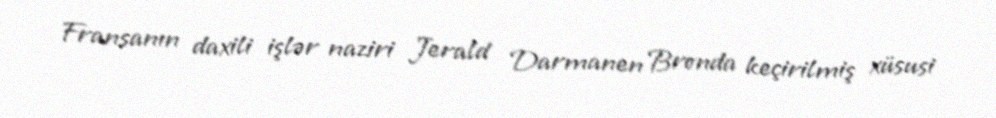
Fransanın daxili işlər naziri Jerald Darmanen Bronda keçirilmiş xüsusi